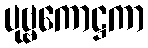
ပုဗ္ဗကောဋ္ဌကာ